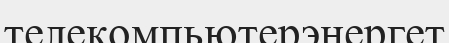
телекомпьютерэнергет